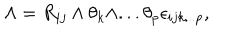
\Lambda = { R _ { { i j } } } \wedge { { \theta } _ { k } } \wedge . . . { { \theta } _ { p } } { { \epsilon } _ { { i j k } . . . p } } ,